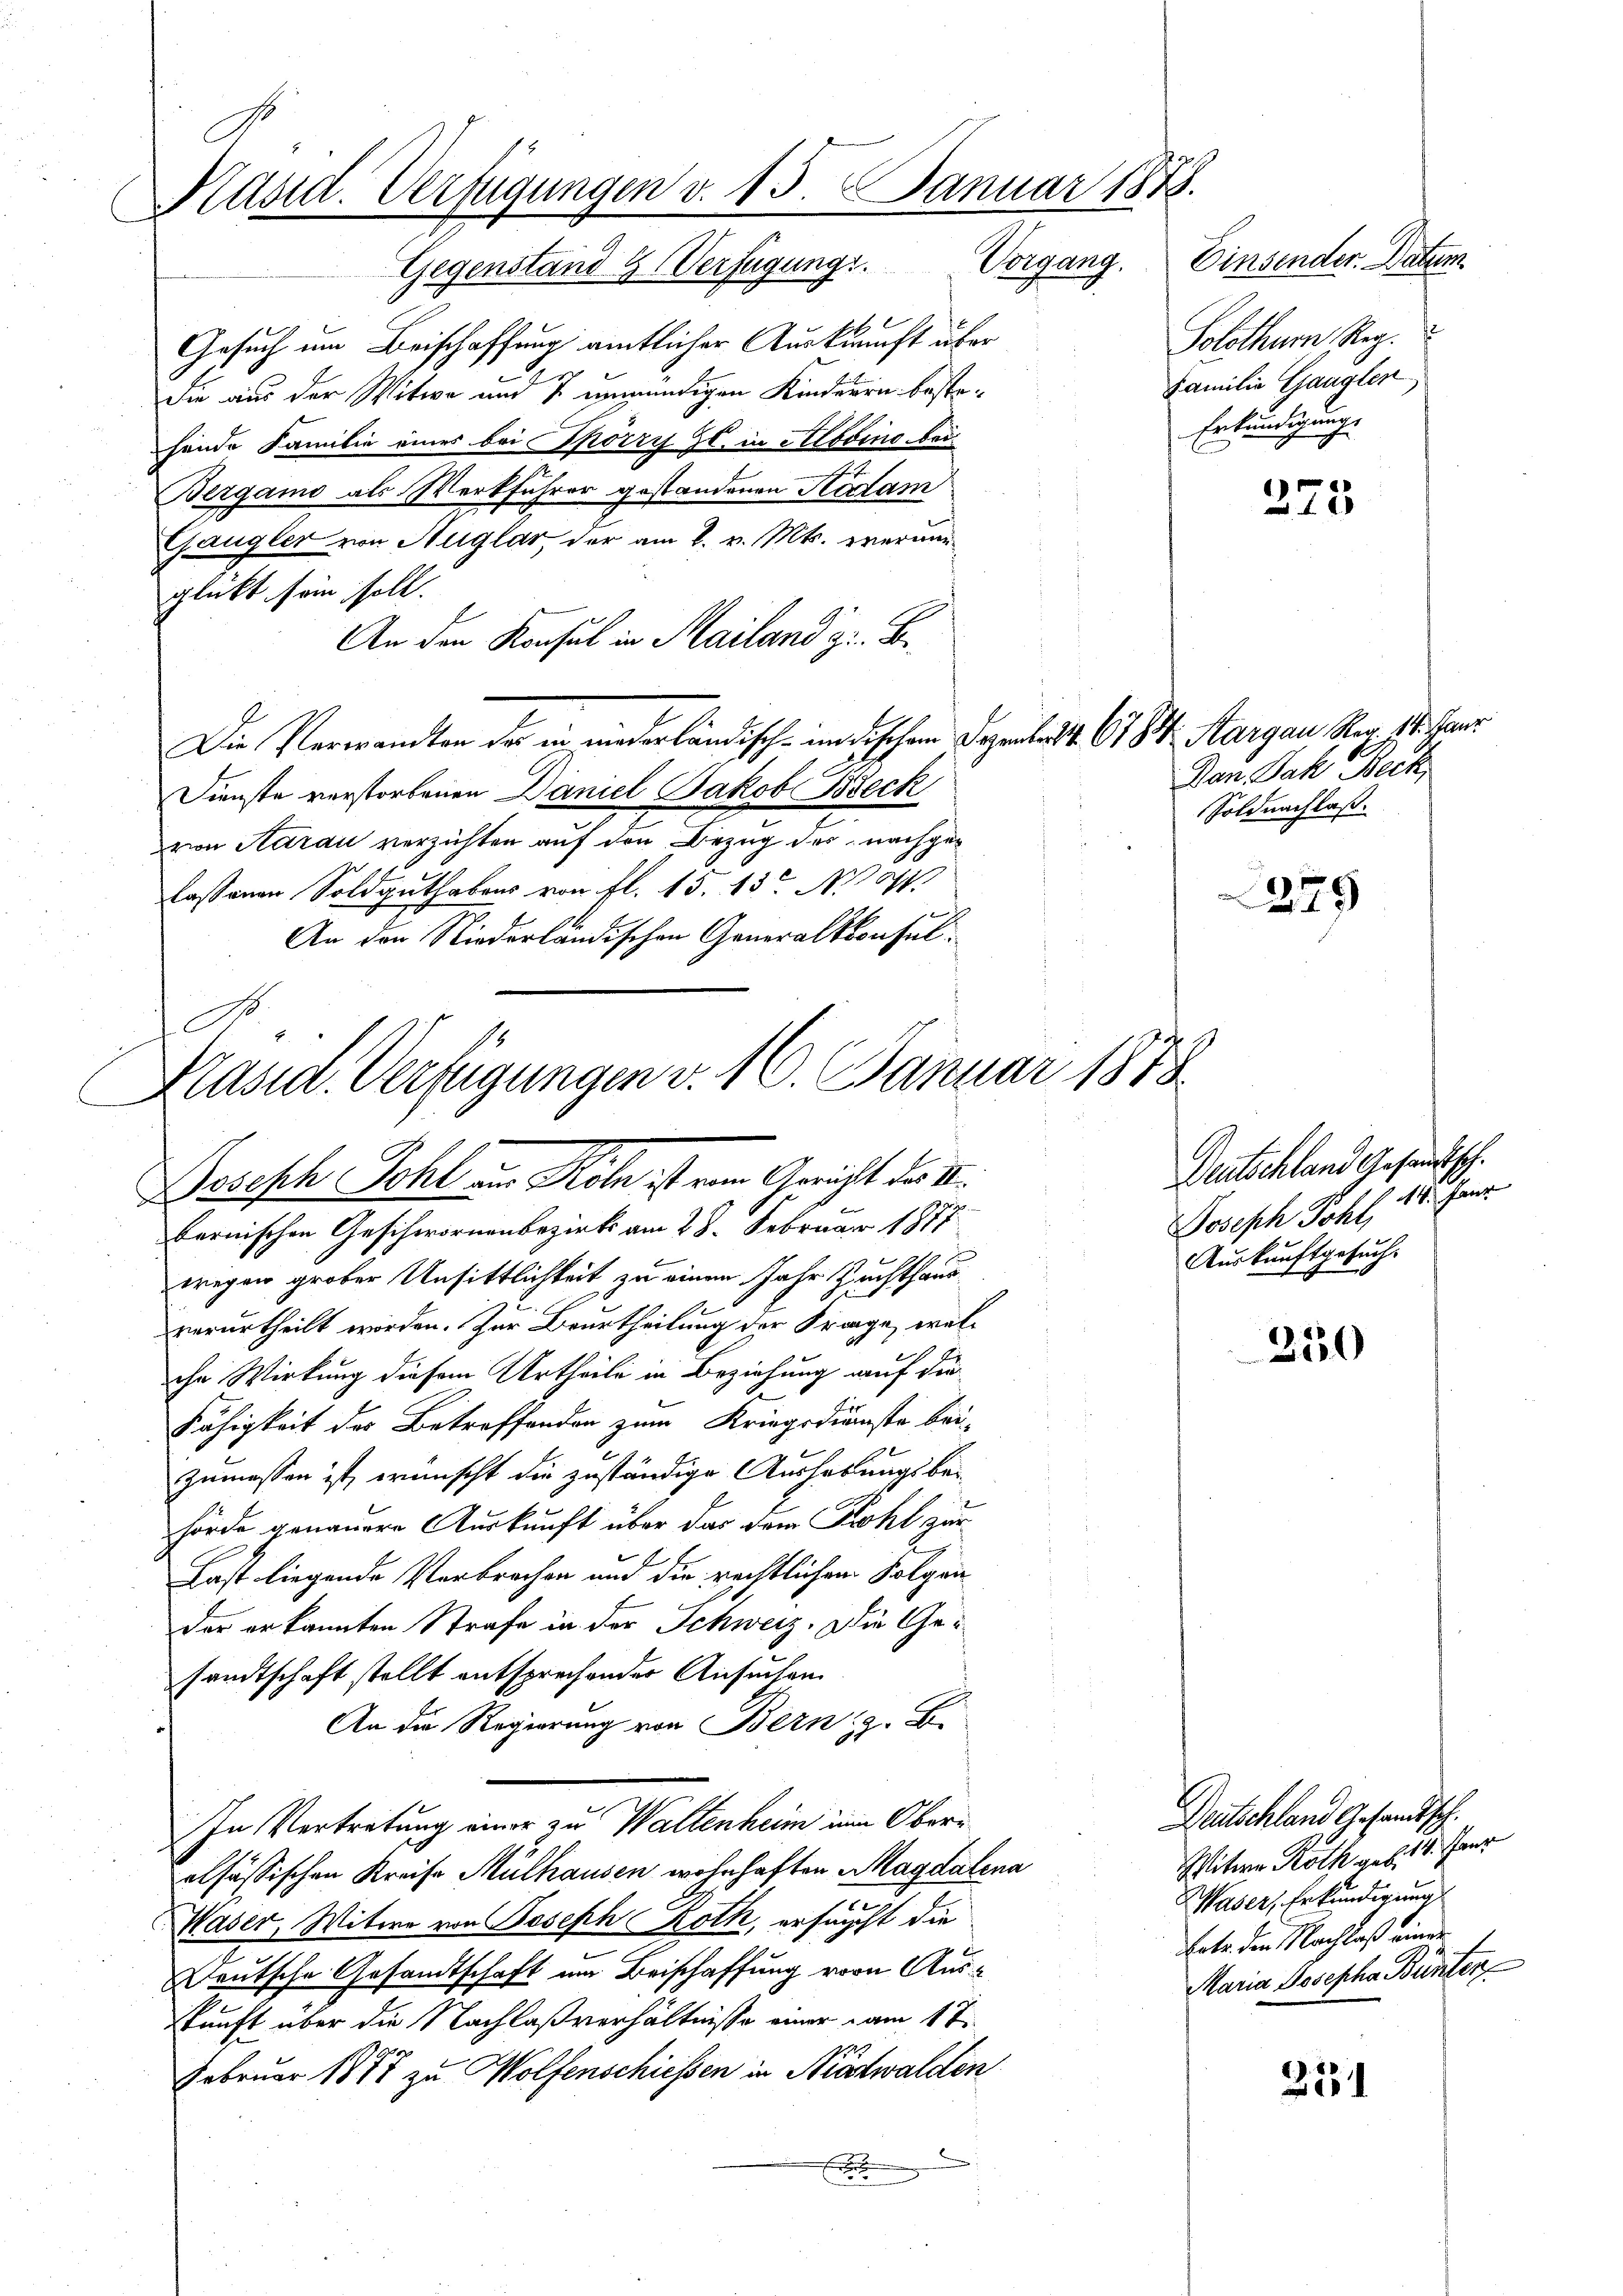
Präsid. Verfügungen v. 15. Januar 1878.

Gegenstand & Verfügung. Vorgang. Einsender. Datum
Gesuch um Beischaffung amtlicher Auskunft über
die aus der Witwe und 7 unmündigen Kinderen bestehande Familie einer bei Spörri Hl. in Zovino bei
Bergamo als Werkführer gestandenen Natam
Gangler von Huglar, der am 2. v. Mts. verung
glückt sein soll.
An den Konsul in Mailand z. B.
Die Verwandten des in niederländisch-indischen Deputat. 618. Margau Rer. 11. Par
Dienste verstorbenen Daniel Jakob Beck
von Aarau verzichten auf den Bezug des nachge¬
Cassenen Soldguthabens von fl. 15. 13 No 11.
An den Niederländischen Generalkonsul¬

S
Kasia. Verfügungen v. 16. Januar 1878
Bssisch Schl in Köln ist von Gericht der S
bernischen Geschwornenbezirks am 28. Februar 1877

wegen groben Unsittlichkeit zu einem Jahr Zuchthaus
verurtheilt worden. Zur Beurtheilung der Frage, welche Wirkung diesem Urtheile in Beziehung auf die
Fähigkeit des Betreffenden zum Kriegsdienste bei-
zumessen ist, wünscht die zuständige Aushebungsbe-
hörde genauere Auskunft über das dem Kohl zur
Last liegende Verbrechen und die rechtlichem Folgen
der erkannten Strafe in der Schweiz. Die Gesandtschaft stellt entsprechender Ansuchen
An die Regierung von Bern, z. B.
In Vertretung einer zu Waltenheim in Oberelsässischen Kreise Mülhausen wohnhaften Magdalena
Waser, Witwe von Joseph Roth, erfurcht die
Deutsche Gesandtschaft im Beischaffung von Auskunft über die Nachlaßverhältnisse einer am 1 t
Februar 1877 zu Wolfenschiessen in Nidwalden
r

Solothum Reg.
Familie Ganglen
Erkundigung.

d

273

Dan Jak. Beck
Soldnachlaß.

379

250

2131

Deutschland Gesandtsch.
Joseph Pohl, 18. Janz
Auskunftgesucht

Deutschland Gesandtsch.
Witwe Roth geb. 14. Janz
Waser, Erkundigung
Latr. den Nachlaß einer
Maria Josepha Bunter